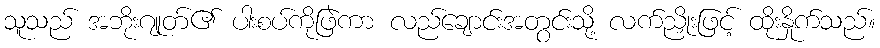
သူသည် အဘိုးဂျုတ်၏ ပါးစပ်ကိုဖြဲကာ လည်ချောင်းအတွင်းသို့ လက်ညှိုးဖြင့် ထိုးနှိုက်သည်။